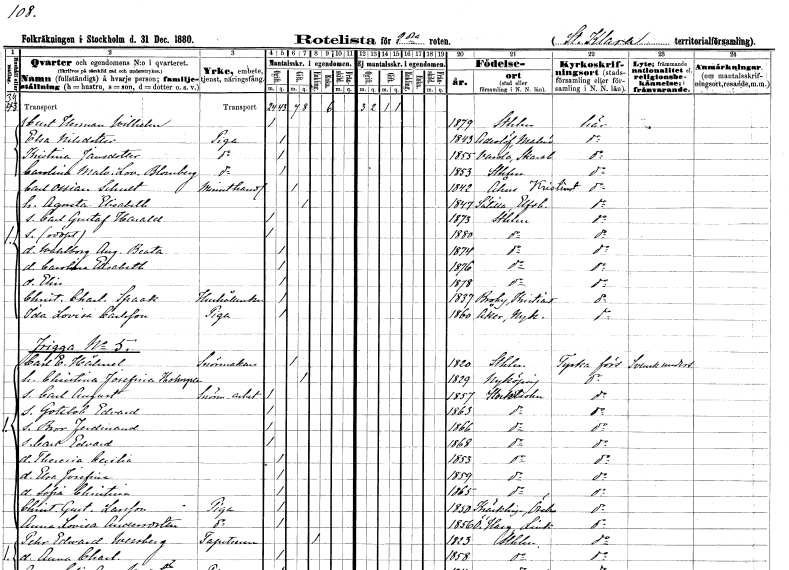
gt_parse: households: individuals: FN: Curt Herman Wilhelm
KON: M
CIV: O
FODAR: 1879
FODFORS: Stockholm
FN: Elsa
EN: Nilsdotter
YRKE: Piga
KON: K
CIV: O
FODAR: 1843
FODFORS: Anderslöv Malmöhus län
FN: Kristina
EN: Jansdotter
YRKE: Piga
KON: K
CIV: O
FODAR: 1855
FODFORS: Varola Skaraborgs län
FN: Carolina Malvina Lovisa
EN: Blomberg
YRKE: Piga
KON: K
CIV: O
FODAR: 1853
FODFORS: Stockholm
FN: Carl Ossian
EN: Schult
YRKE: Minuthandlare
KON: M
CIV: G
FODAR: 1842
FODFORS: Åhus Kristianstads län
FN: Agneta Elisabeth
KON: K
CIV: G
FODAR: 1847
FODFORS: Sätila Älvsborgs län
FN: Carl Gustaf Harald
KON: M
CIV: O
FODAR: 1873
FODFORS: Stockholm
FN: Erik Ossian
KON: M
CIV: O
FODAR: 1880
FODFORS: Stockholm
FN: Wahlborg Augusta Beata
KON: K
CIV: O
FODAR: 1874
FODFORS: Stockholm
FN: Carolina Elisabeth
KON: K
CIV: O
FODAR: 1876
FODFORS: Stockholm
FN: Elin
KON: K
CIV: O
FODAR: 1878
FODFORS: Stockholm
FN: Christina Charlotta
EN: Spaak
YRKE: Hushållerska
KON: K
CIV: O
FODAR: 1837
FODFORS: Broby Kristianstads län
FN: Ida Lovisa
EN: Carlsson
YRKE: Piga
KON: K
CIV: O
FODAR: 1860
FODFORS: Åker Södermanlands län
FN: Carl Edvard
EN: Hähnel
YRKE: Snörmakare
KON: M
CIV: G
FODAR: 1820
FODFORS: Stockholm
FN: Christina Josefina
EN: Holmgren
KON: K
CIV: G
FODAR: 1829
FODFORS: Nyköping Södermanlands län
FN: Carl August
YRKE: Snörmakeriarbetare
KON: M
CIV: O
FODAR: 1857
FODFORS: Stockholm
FN: Gottlob Edvard
KON: M
CIV: O
FODAR: 1863
FODFORS: Stockholm
FN: Bror Ferdinand
KON: M
CIV: O
FODAR: 1866
FODFORS: Stockholm
FN: Carl Edvard
KON: M
CIV: O
FODAR: 1868
FODFORS: Stockholm
FN: Theresia Cecilia
KON: K
CIV: O
FODAR: 1853
FODFORS: Stockholm
FN: Elsa Josefina
KON: K
CIV: O
FODAR: 1859
FODFORS: Stockholm
FN: Sofia Christina
KON: K
CIV: O
FODAR: 1865
FODFORS: Stockholm
FN: Christina Gustafva
EN: Larsson
YRKE: Piga
KON: K
CIV: O
FODAR: 1850
FODFORS: Kräcklinge Örebro län
FN: Anna Lovisa
EN: Andersdotter
YRKE: Piga
KON: K
CIV: O
FODAR: 1856
FODFORS: Östra Harg Östergötlands län